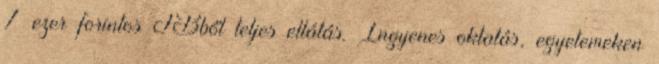
7 ezer forintos TBből teljes ellátás. Ingyenes oktatás, egyetemeken